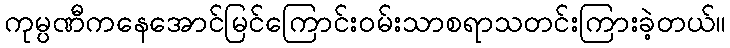
ကုမ္ပဏီကနေအောင်မြင်ကြောင်းဝမ်းသာစရာသတင်းကြားခဲ့တယ်။